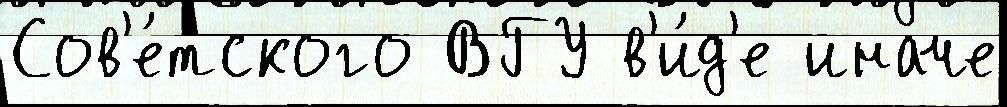
Сов'е́тского ВГУ в'и́д'е иначе